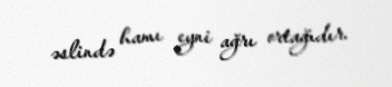
əslində hamı eyni ağrı ortağıdır.